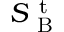
S _ { \mathrm { ~ B ~ } } ^ { \mathrm { ~ t ~ } }